Investigations on Bengal jail dietaries - Number 37
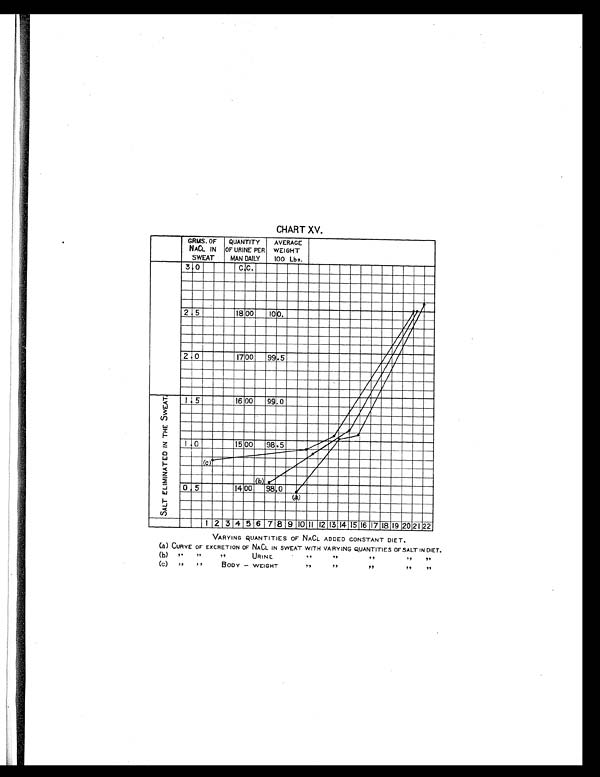
CHART XV.
VARYING QUANTITIES OF NACL ADDED CONSTANT DIET.
(a) CURVE OF EXCRETION OF NACL IN SWEAT WITH VARYING QUANTITIES OF SALT IN DIET.
(b)
"
" "
U R I N E .
"
"
"
"
"
((C) " "BODY - WEIGHT" " " " "